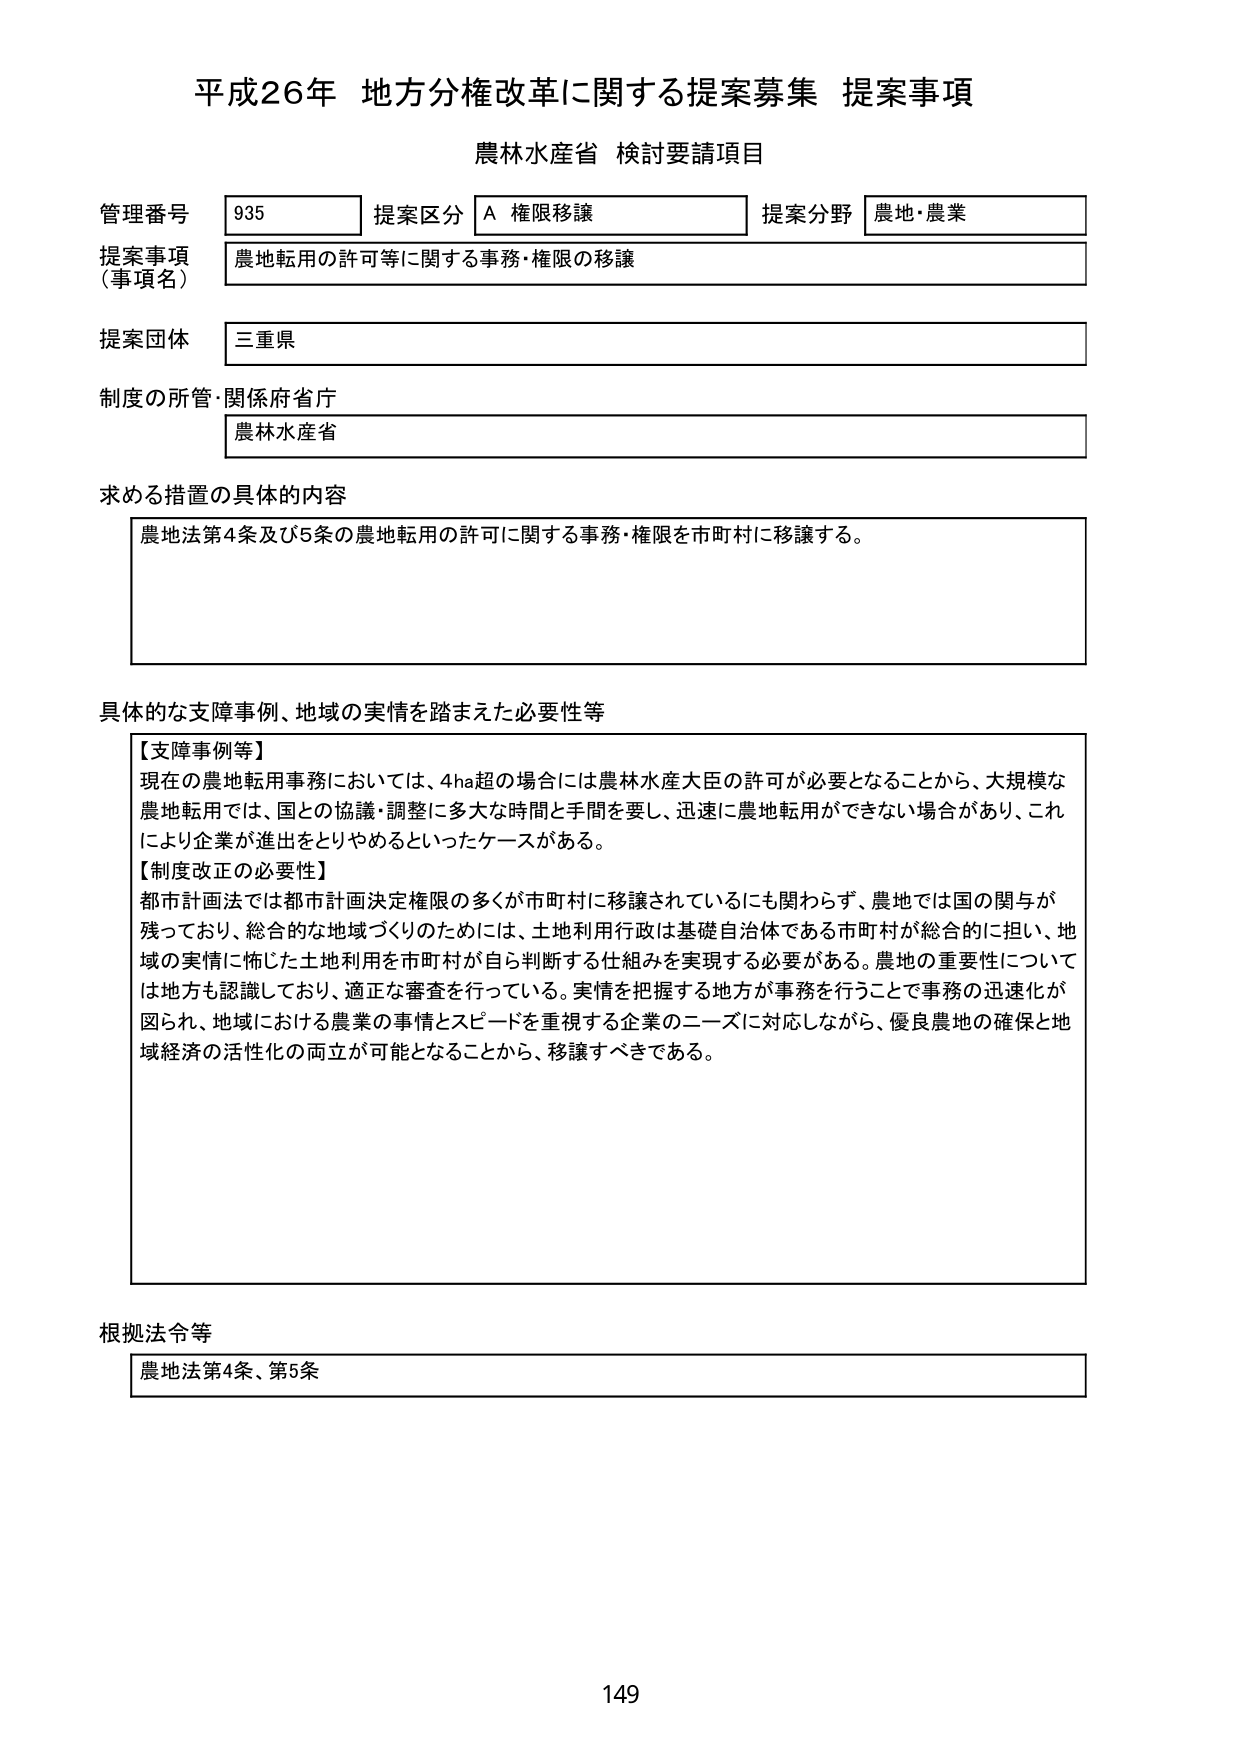
平成26年 地方分権改革に関する提案募集 提案事項
農林水産省 検討要請項目

管理番号 935 提案区分 A 権限移譲 提案分野 農地・農業
提案事項（事項名） 農地転用の許可等に関する事務・権限の移譲
提案団体 三重県
制度の所管・関係府省庁 農林水産省

求める措置の具体的内容
農地法第4条及び5条の農地転用の許可に関する事務・権限を市町村に移譲する。

具体的な支障事例、地域の実情を踏まえた必要性等
【支障事例等】
現在の農地転用事務においては、4ha超の場合には農林水産大臣の許可が必要となることから、大規模な農地転用では、国との協議・調整に多大な時間と手間を要し、迅速に農地転用ができない場合があり、これにより企業が進出をとりやめるといったケースがある。
【制度改正の必要性】
都市計画法では都市計画決定権限の多くが市町村に移譲されているにも関わらず、農地では国の関与が残っており、総合的な地域づくりのためには、土地利用行政は基礎自治体である市町村が総合的に担い、地域の実情に応じた土地利用を市町村が自ら判断する仕組みを実現する必要がある。農地の重要性については地方も認識しており、適正な審査を行っている。実情を把握する地方が事務を行うことで事務の迅速化が図られ、地域における農業の事情とスピードを重視する企業のニーズに対応しながら、優良農地の確保と地域経済の活性化の両立が可能となることから、移譲すべきである。

根拠法令等
農地法第4条、第5条

149